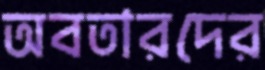
অবতারদের